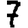
Digit: 7